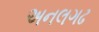
અનલગઢ